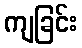
ကျခြင်း